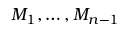
M _ { 1 } , \ldots , M _ { n - 1 }